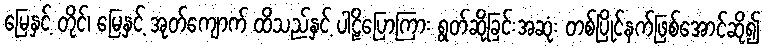
မြေနှင့် တိုင်၊ မြေနှင့် အုတ်ကျောက် ထိသည်နှင့် ပါဠိပြောကြား ရွတ်ဆိုခြင်းအဆုံး တစ်ပြိုင်နက်ဖြစ်အောင်ဆို၍